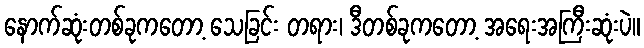
နောက်ဆုံးတစ်ခုကတော့ သေခြင်း တရား၊ ဒီတစ်ခုကတော့ အရေးအကြီးဆုံးပဲ။